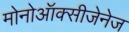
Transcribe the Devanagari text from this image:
मोनोऑक्सीजेनेज